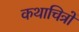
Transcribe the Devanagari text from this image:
कथाचित्रों